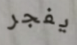
يفجر